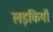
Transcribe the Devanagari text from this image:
लड़कियॉं